Annual report on the Civil Veterinary Department, Burma (including the Insein Veterinary School) - 1910-1922
Year: 1910
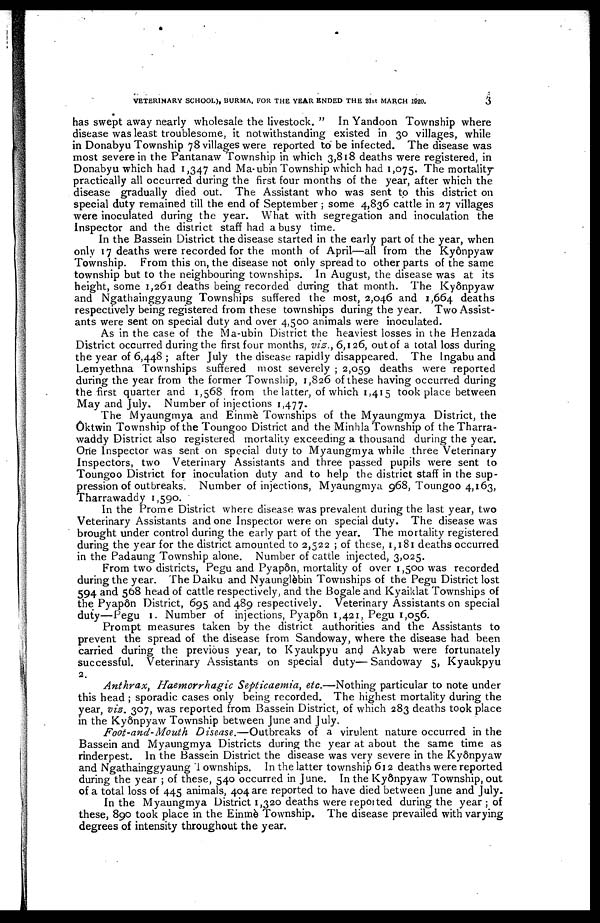
VETERINARY SCHOOL), BURMA, FOR THE YEAR ENDED THE 81st MARCH 1920.
3
has swept away nearly wholesale the livestock. " In Yandoon Township where
disease was least troublesome, it notwithstanding existed in 30 villages, while
in Donabyu Township 78 villages were reported to be infected. The disease was
most severe in the Pantanaw Township in which 3,818 deaths were registered, in
Donabyu which had 1,347 and Ma-ubin Township which had 1,075. The mortality
practically all occurred during the first four months of the year, after which the
disease gradually died out. The Assistant who was sent to this district on
special duty remained till the end of September; some 4,836 cattle in 27 villages
were inoculated during the year. What with segregation and inoculation the
Inspector and the district staff had a busy time.
In the Bassein District the disease started in the early part of the year, when
only 17 deaths were recorded for the month of April—all from the Ky6npyaw
Township. From this on, the disease not only spread to other parts of the same
township but to the neighbouring townships. In August, the disease was at its
height, some 1,261 deaths being recorded during that month. The Kyônpyaw
and Ngathainggyaung Townships suffered the most, 2,046 and 1,664 deaths
respectively being registered from these townships during the year. Two Assist-
ants were sent on special duty and over 4,500 animals were inoculated.
As in the case of the Ma-ubin District the heaviest losses in the Henzada
District occurred during the first four months, viz., 6,126, out of a total loss during
the year of 6,448 ; after July the disease rapidly disappeared. The Ingabu and
Lemyethna Townships suffered most severely ; 2,059 deaths were reported
during the year from the former Township, 1,826 of these having occurred during
the first quarter and 1,568 from the latter, of which 1,415 took place between
May and July. Number of injections 1,477.
The Myaungmya and Einmè Townships of the Myaungmya District, the
Oktwin Township of the Toungoo District and the Minhla Township of the Tharra-
waddy District also registered mortality exceeding a thousand during the year.
One Inspector was sent on special duty to Myaungmya while three Veterinary
Inspectors, two Veterinary Assistants and three passed pupils were sent to
Toungoo District for inoculation duty and to help the district staff in the sup-
pression of outbreaks. Number of injections, Myaungmya 968, Toungoo 4,163,
Tharrawaddy 1,590.
In the Prome District where disease was prevalent during the last year, two
Veterinary Assistants and one Inspector were on special duty. The disease was
brought under control during the early part of the year. The mortality registered
during the year for the district amounted to 2,522 ; of these, 1,181 deaths occurred
in the Padaung Township alone. Number of cattle injected, 3,025.
From two districts, Pegu and Pyap6n, mortality of over 1,500 was recorded
during the year. The Daiku and Nyaunglèbin Townships of the Pegu District lost
594 and 568 head of cattle respectively, and the Bogale and Kyaildat Townships of
the Pyapôn District, 695 and 489 respectively. Veterinary Assistants on special
duty—Pegu 1. Number of injections, Pyapôn 1,421, Pegu 1,056.
Prompt measures taken by the district authorities and the Assistants to
prevent the spread of the disease from Sandoway, where the disease had been
carried during the previous year, to Kyaukpyu and Akyab were fortunately
successful. Veterinary Assistants on special duty— Sandoway 5, Kyaukpyu
2.
Anthrax, Haemorrhagic
Septicaemia, etc.—Nothing particular to note under
this head ; sporadic cases only being recorded. The highest mortality during the
year, vis. 307, was reported from Bassein District, of which 283 deaths took place
in the Kyônpyaw Township between June and July.
Foot-and-Mouth
Disease.—Outbreaks
of a virulent nature occurred in the
Bassein and Myaungmya Districts during the year at about the same time as
rinderpest. In the Bassein District the disease was very severe in the Kyônpyaw
and Ngathainggyaung Townships. In the latter township 612 deaths were reported
during the year ; of these, 540 occurred in June. In the Kyônpyaw Township, out
of a total loss of 445 animals, 404 are reported to have died between June and July.
In the Myaungmya District 1,320 deaths were reported during the year ; of
these, 890 took place in the Einmè Township. The disease prevailed with varying
degrees of intensity throughout the year.